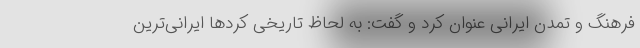
فرهنگ و تمدن ایرانی عنوان کرد و گفت: به لحاظ تاریخی کردها ایرانی‌ترین